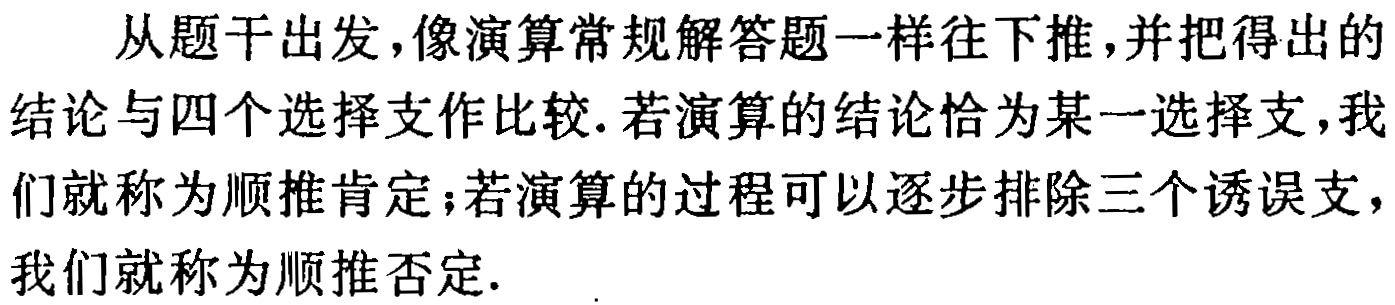
从题干出发，像演算常规解答题一样往下推，并把得出的结论与四个选择支作比较. 若演算的结论恰为某一选择支，我们就称为顺推肯定；若演算的过程可以逐步排除三个诱误支，我们就称为顺推否定.